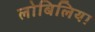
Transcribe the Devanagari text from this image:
लोबिलिया